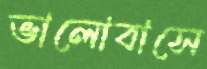
ভালোবাসে